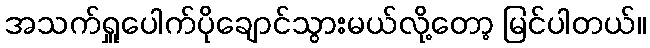
အသက်ရှူပေါက်ပိုချောင်သွားမယ်လို့တော့ မြင်ပါတယ်။